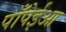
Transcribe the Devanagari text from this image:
पाँपेईआ